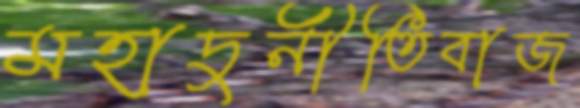
মহাদুর্নীতিবাজ